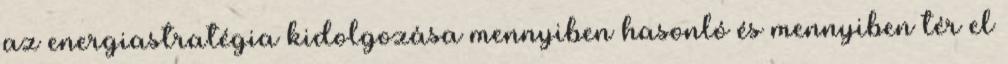
az energiastratégia kidolgozása mennyiben hasonló és mennyiben tér el